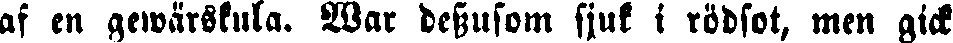
af en gewärskula. War dessutom sjuk i rödfot, men gick